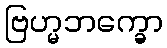
ဗြဟ္မဘက္ခော